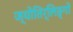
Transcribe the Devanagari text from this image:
ज्योतिर्लिङ्गों